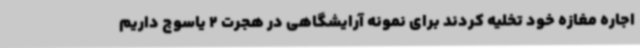
اجاره مغازه خود تخلیه کردند برای نمونه آرایشگاهی در هجرت 2 یاسوج داریم